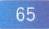
65